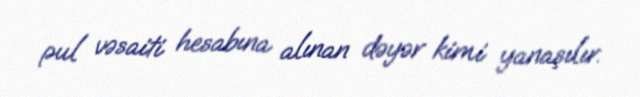
pul vəsaiti hesabına alınan dəyər kimi yanaşılır.